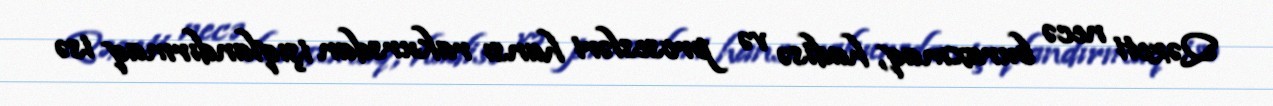
Qəzeti necə buraxmaq, hadisə və prosesləri hansı rakursdan işıqlandırmaq isə